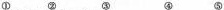
① ② ③ ④ ⑤